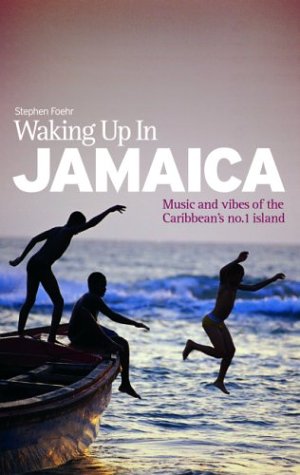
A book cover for Waking Up In Jamaica: Music and vibes of the Caribbean's no.1 Island; Stephen Foehr; Travel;